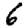
Digit: 6